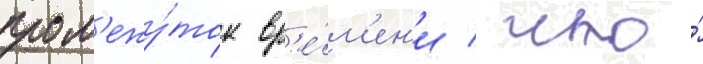
пром'ежу́ток вр'е́м'ен'и / что́